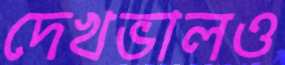
দেখভালও